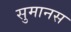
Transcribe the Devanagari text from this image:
सुमानस